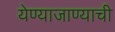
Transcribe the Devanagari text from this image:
येण्याजाण्याची